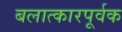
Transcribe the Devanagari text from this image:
बलात्कारपूर्वक